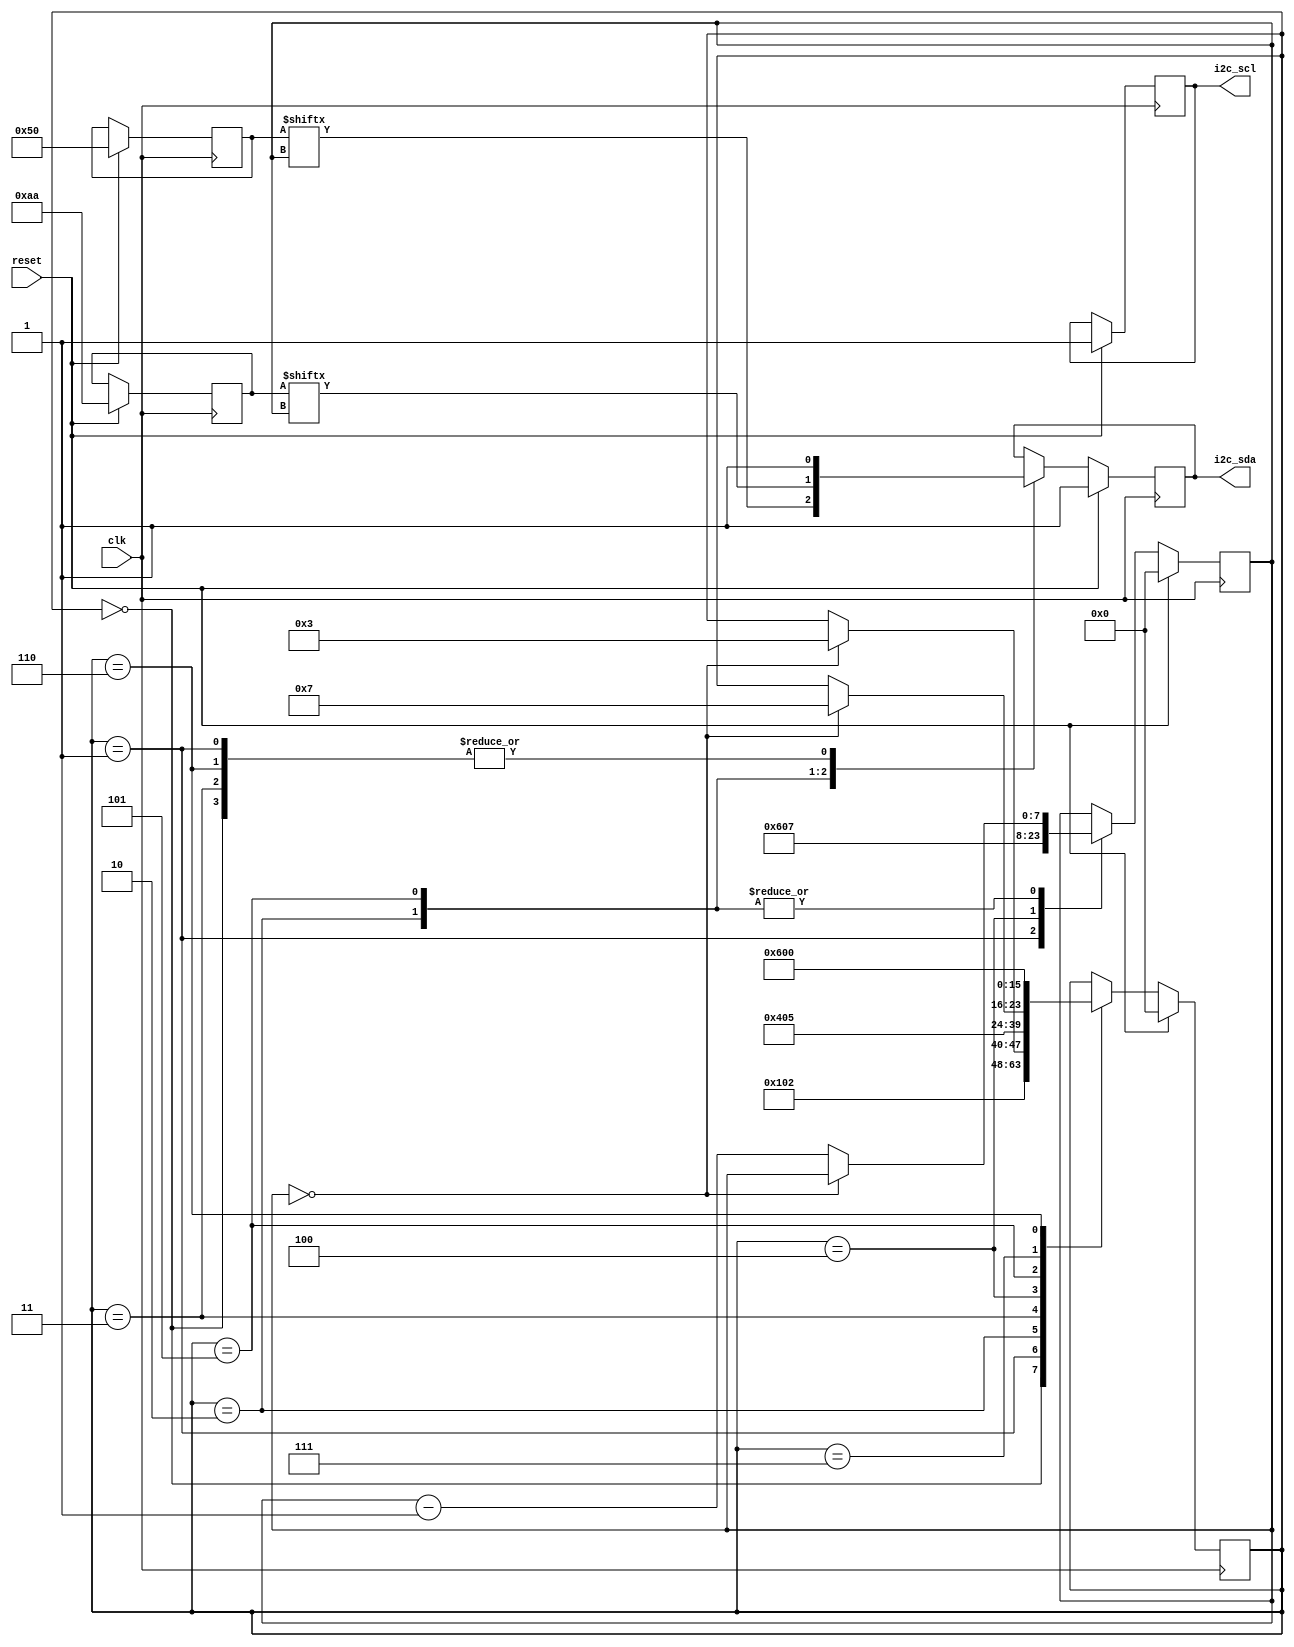
`timescale 1ns / 1ps
//////////////////////////////////////////////////////////////////////////////////
// Company: 
// Engineer: 
// 
// Design Name: 
// Module Name: step1
// Project Name: 
// Target Devices: 
// Tool Versions: 
// Description: 
// 
// Dependencies: 
// 
// Revision:
// Revision 0.01 - File Created
// Additional Comments:
// 
//////////////////////////////////////////////////////////////////////////////////

//step 1 is the state machine that drives the data bus


module step1(
    input wire clk,
    input wire reset,
    output reg i2c_sda,
    output reg i2c_scl
    );
    // need to define local parameters
    localparam STATE_IDLE = 0;
    localparam STATE_START =1;
    localparam STATE_ADDR =2;
    localparam STATE_RW = 3;
    localparam STATE_WACK = 4;
    localparam STATE_DATA =5;
    localparam STATE_STOP = 6;
    localparam STATE_WACK2 = 7;
    // goal is to write to device address 0x50,0xaa
    //state machine is used 
    reg [7:0] state;// state machine shld have a state 
    reg [6:0] addr; // to keep easy track of state and data as it was getting difficult
    reg [7:0] count;
    reg [7:0] data;
    always @(posedge clk) begin 
        if (reset == 1) begin
            state <=0; //non blocking used for simpler logic level
            i2c_sda <=1; //initializing values in reset mode
            i2c_scl <=1;
            addr <= 7'h50;
            count <= 8'd0;
            data<=8'haa;
        end
        else begin 
            case (state)
                STATE_IDLE: begin //idle state
                    i2c_sda <=1; // idle state me sda 1 
                    state <=STATE_START ; //idle state ke baad state will go to one
                end
                STATE_START : begin // start state
                    i2c_sda <=1;
                    state <=STATE_ADDR; 
                    count <= 6;
                end
                STATE_ADDR : begin // well start sending the address 
                    //start with the 1st bit(most significant)
                    //i2c_sda <=0; //data was 0x50
                    //state <=3;
                    //improved version 
                    i2c_sda <= addr[count];
                    if (count ==0) state<=STATE_RW;
                    else count <= count-1;
                end
                
               // 3 :begin // 2nd msb bit
                //    i2c_sda <=1; //data was 0x50
                //    state <=4;
                //end
                //4 : begin
                  //  i2c_sda <=0; // 0x50 = 01010000
                   // state <=5; 
                //end 
                STATE_RW : begin
                    i2c_sda <= 1;
                    state <= STATE_WACK;
                end
                STATE_WACK : begin
                    // issue sda output me hai and output se read ni ho skta to it will create an issue
                    //just put state holder for time being
                    state <= STATE_DATA;
                    count <=7;
                end
                STATE_DATA :begin
                    i2c_sda <= data[count];
                    if (count == 0) state <= STATE_WACK2;//STATE_WACK;(creates infinite loop so declare 2wack)
                    else count <= count-1;   
                end
                STATE_WACK2 :begin
                    state<=STATE_STOP;
                end
                STATE_STOP :begin
                    i2c_sda<=1;
                    state<=STATE_IDLE;
                end
            endcase
        end 
    end
endmodule